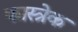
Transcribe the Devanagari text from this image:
फास्त्रेक